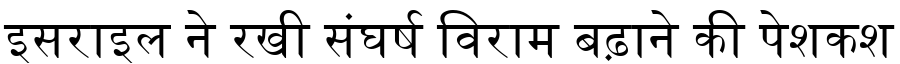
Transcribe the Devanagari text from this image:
इसराइल ने रखी संघर्ष विराम बढ़ाने की पेशकश